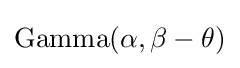
\mathrm {Gamma} (\alpha ,\beta -\theta )